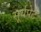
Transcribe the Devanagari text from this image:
सूर्यपेट